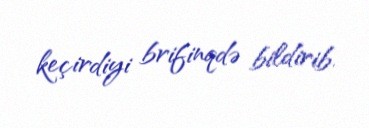
keçirdiyi brifinqdə bildirib.